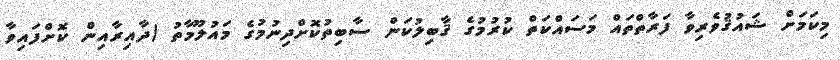
މިކަމަށް ޝައުޤުވެރިވާ ފަރާތްތައް މަސައްކަތް ކުރުމުގެ ޤާބިލުކަން ސާބިތުކޮށްދިނުމުގެ މައުލޫމާތު (ދާއިރާއިން ކޮށްފައިވާ